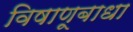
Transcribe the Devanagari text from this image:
विषाणूबाधा